Indian journal of veterinary science and animal husbandry - Volume 5,
Year: 1935
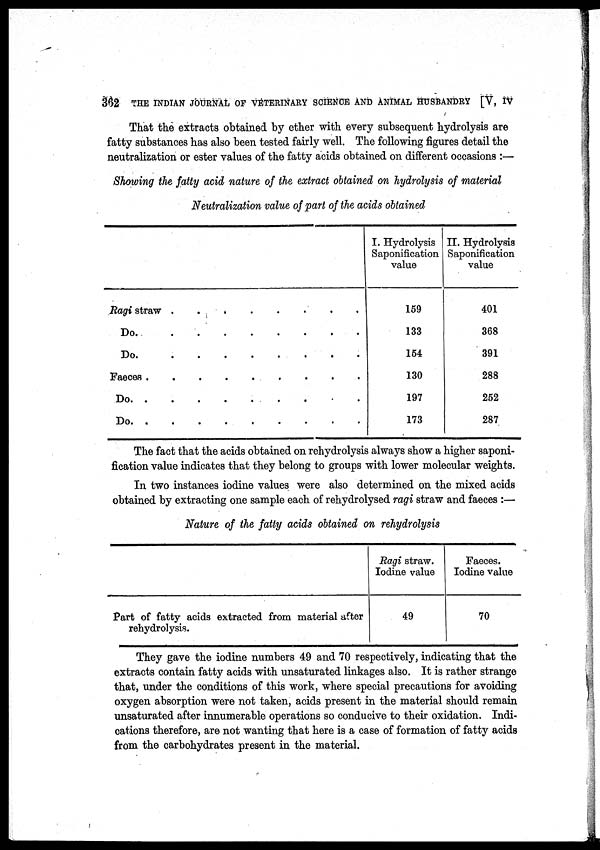
362 THE INDIAN JOURNAL OF VETERINARY SCIENCE AND ANIMAL HUSBANDRY [V, IV
That the extracts obtained by ether with every subsequent hydrolysis are
fatty substances has also been tested fairly well. The following figures detail the
neutralization or ester values of the fatty acids obtained on different occasions :—
Showing the fatty acid nature of the extract obtained on hydrolysis of material
Neutralization value of part of the acids obtained
Ragi straw
.
.
.
.
.
.
.
.
Do
.
.
.
.
.
.
.
.
Do
.
.
.
.
.
.
.
.
Faeces . . . . . . . .
Do
.
.
.
.
.
.
.
.
Do . . . . . . . .
I. Hydrolysis
Saponification
value
159
133
154
130
197
173
II. Hydrolysis
Saponification
value
401
368
391
288
252
287
The fact that the acids obtained on rehydrolysis always show a higher saponi-
fication value indicates that they belong to groups with lower molecular weights.
In two instances iodine values were also determined on the mixed acids
obtained by extracting one sample each of rehydrolysed ragi straw and. faeces :—
Nature of the fatty acids obtained on rehydrolysis
Part of fatty acids extracted from material after
rehydrolysis.
Ragi straw.
Iodine value
49
Faeces.
Iodine value
70
They gave the iodine numbers 49 and 70 respectively, indicating that the
extracts contain fatty acids with unsaturated linkages also. It is rather strange
that, under the conditions of this work, where special precautions for avoiding
oxygen absorption were not taken, acids present in the material should remain
unsaturated after innumerable operations so conducive to their oxidation. Indi-
cations therefore, are not wanting that here is a case of formation of fatty acids
from the carbohydrates present in the material.